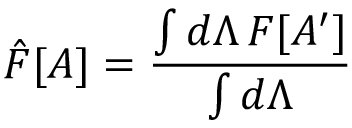
\hat { F } [ A ] = { \frac { \int d \Lambda \, F [ A ^ { \prime } ] } { \int d \Lambda } }